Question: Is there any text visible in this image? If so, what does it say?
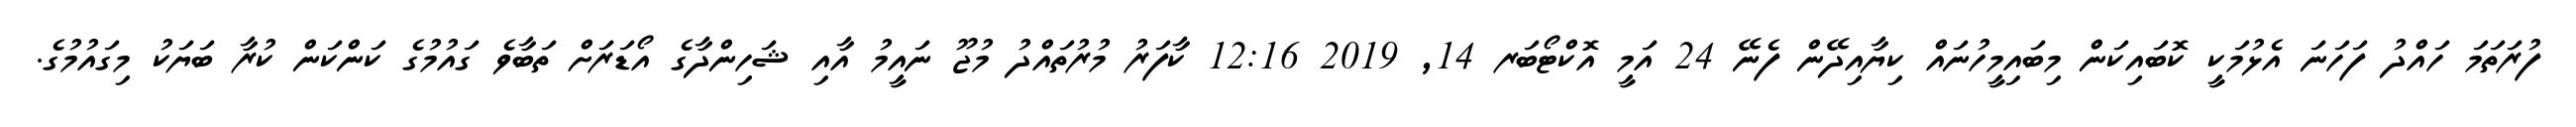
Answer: ފުރަތަމަ ހައްދު ފަހަނަ އެޅުމަކީ ކޮބައިކަން މިބައިމީހުނައް ކިޔާއިދޭން ފެނޭ 24 އަމީ އޮކްޓޯބަރ 14, 2019 12:16 ކާފަރު މުރުތައްދު މުޖޫ ނައީމު އާއި ޝަހިންދާގެ އޯޑަރަށް ތަބާވެ ގައުމުގެ ކަންކަން ކުރާ ބަޔަކު މިގައުމުގެ.